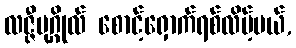
လဇ္ဇီပုဂ္ဂိုလ် စောင့်ရှောက်ရစ်လိမ့်မယ်,